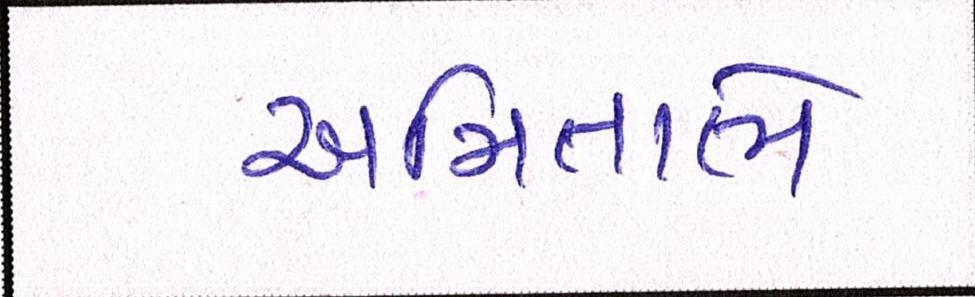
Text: અમિતાભે